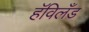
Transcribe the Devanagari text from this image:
हॅविलँड